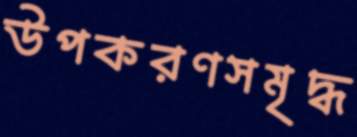
উপকরণসমৃদ্ধ